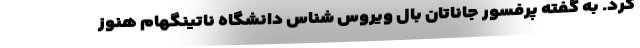
کرد. به گفته پرفسور جاناتان بال ویروس شناس دانشگاه ناتینگهام هنوز